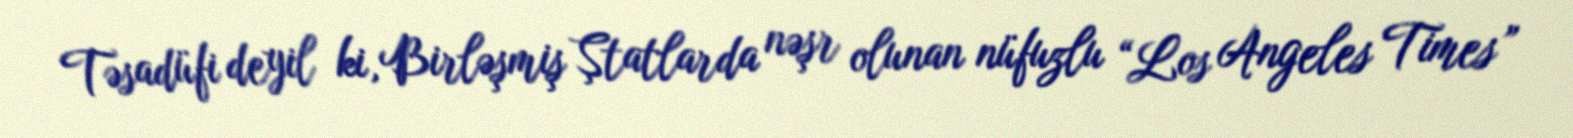
Təsadüfi deyil ki, Birləşmiş Ştatlarda nəşr olunan nüfuzlu “Los Angeles Times”